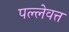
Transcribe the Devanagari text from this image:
पल्लेवत्त